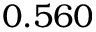
0 . 5 6 0